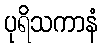
ပုရိသကာနံ